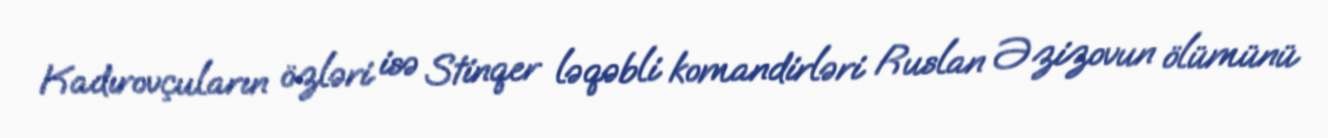
Kadırovçuların özləri isə Stinqer ləqəbli komandirləri Ruslan Əzizovun ölümünü